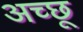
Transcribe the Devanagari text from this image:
अच्छू